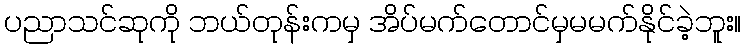
ပညာသင်ဆုကို ဘယ်တုန်းကမှ အိပ်မက်တောင်မှမမက်နိုင်ခဲ့ဘူး။